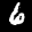
Label: 6